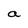
Character: a